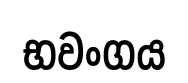
භවංගය